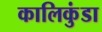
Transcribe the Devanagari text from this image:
कालिकुंडा